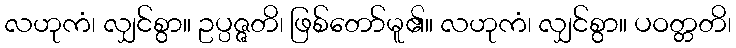
လဟုကံ၊ လျှင်စွာ။ ဥပ္ပဇ္ဇတိ၊ ဖြစ်တော်မူ၏။ လဟုကံ၊ လျှင်စွာ။ ပဝတ္တတိ၊